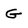
Character: G